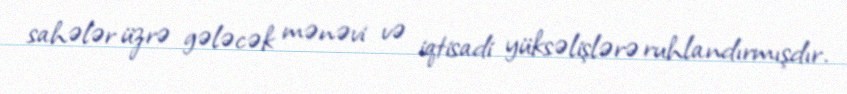
sahələr üzrə gələcək mənəvi və iqtisadi yüksəlişlərə ruhlandırmışdır.